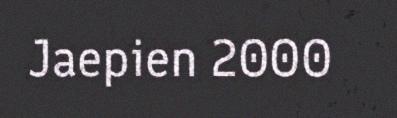
Jaepien 2000